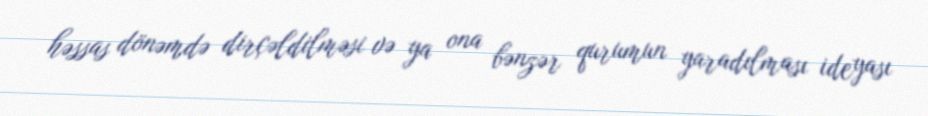
həssas dönəmdə dirçəldilməsi və ya ona bənzər qurumun yaradılması ideyası